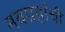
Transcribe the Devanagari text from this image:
नवग्रहांची